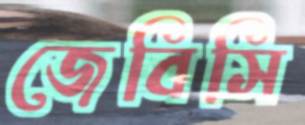
জেবিসি